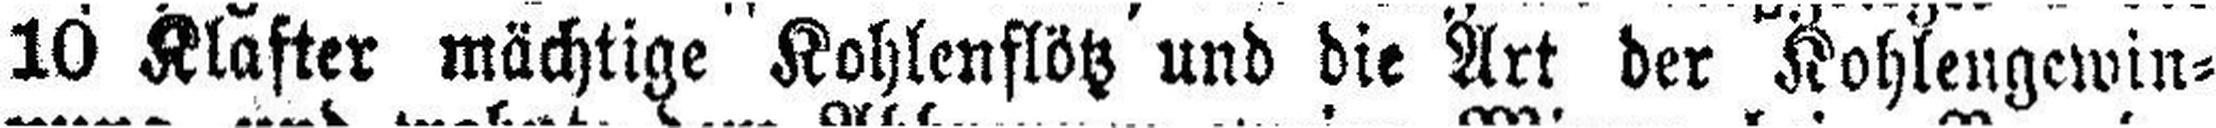
10 Klafter mächtige Kohlenflötz und die Art der Kohlengewin¬